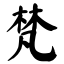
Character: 梵